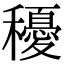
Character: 𥣯